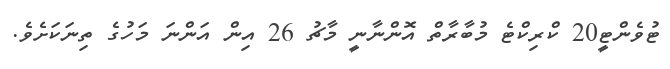
ޓުވެންޓީ20 ކްރިކްޓެ މުބާރާތް އޮންނާނީ މާޗު 26 އިން އަންނަ މަހުގެ ތިނަކަށެވެ.